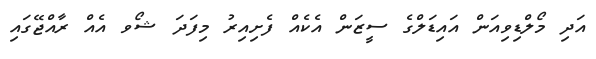
އަދި މޯލްޑިވިއަން އައިޑަލްގެ ސީޒަން އެކެއް ފެށިއިރު މިފަދަ ޝޯވ އެއް ރާއްޖޭގައި